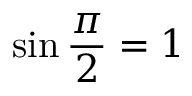
\sin { \frac { \pi } { 2 } } = 1